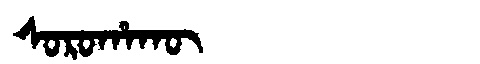
Manchu: ᠰᠣᡵᠣᡥᠠᡴᡡ
Romanization: SOROHAKŪ